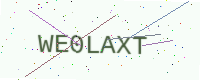
Text: WE0LAXT